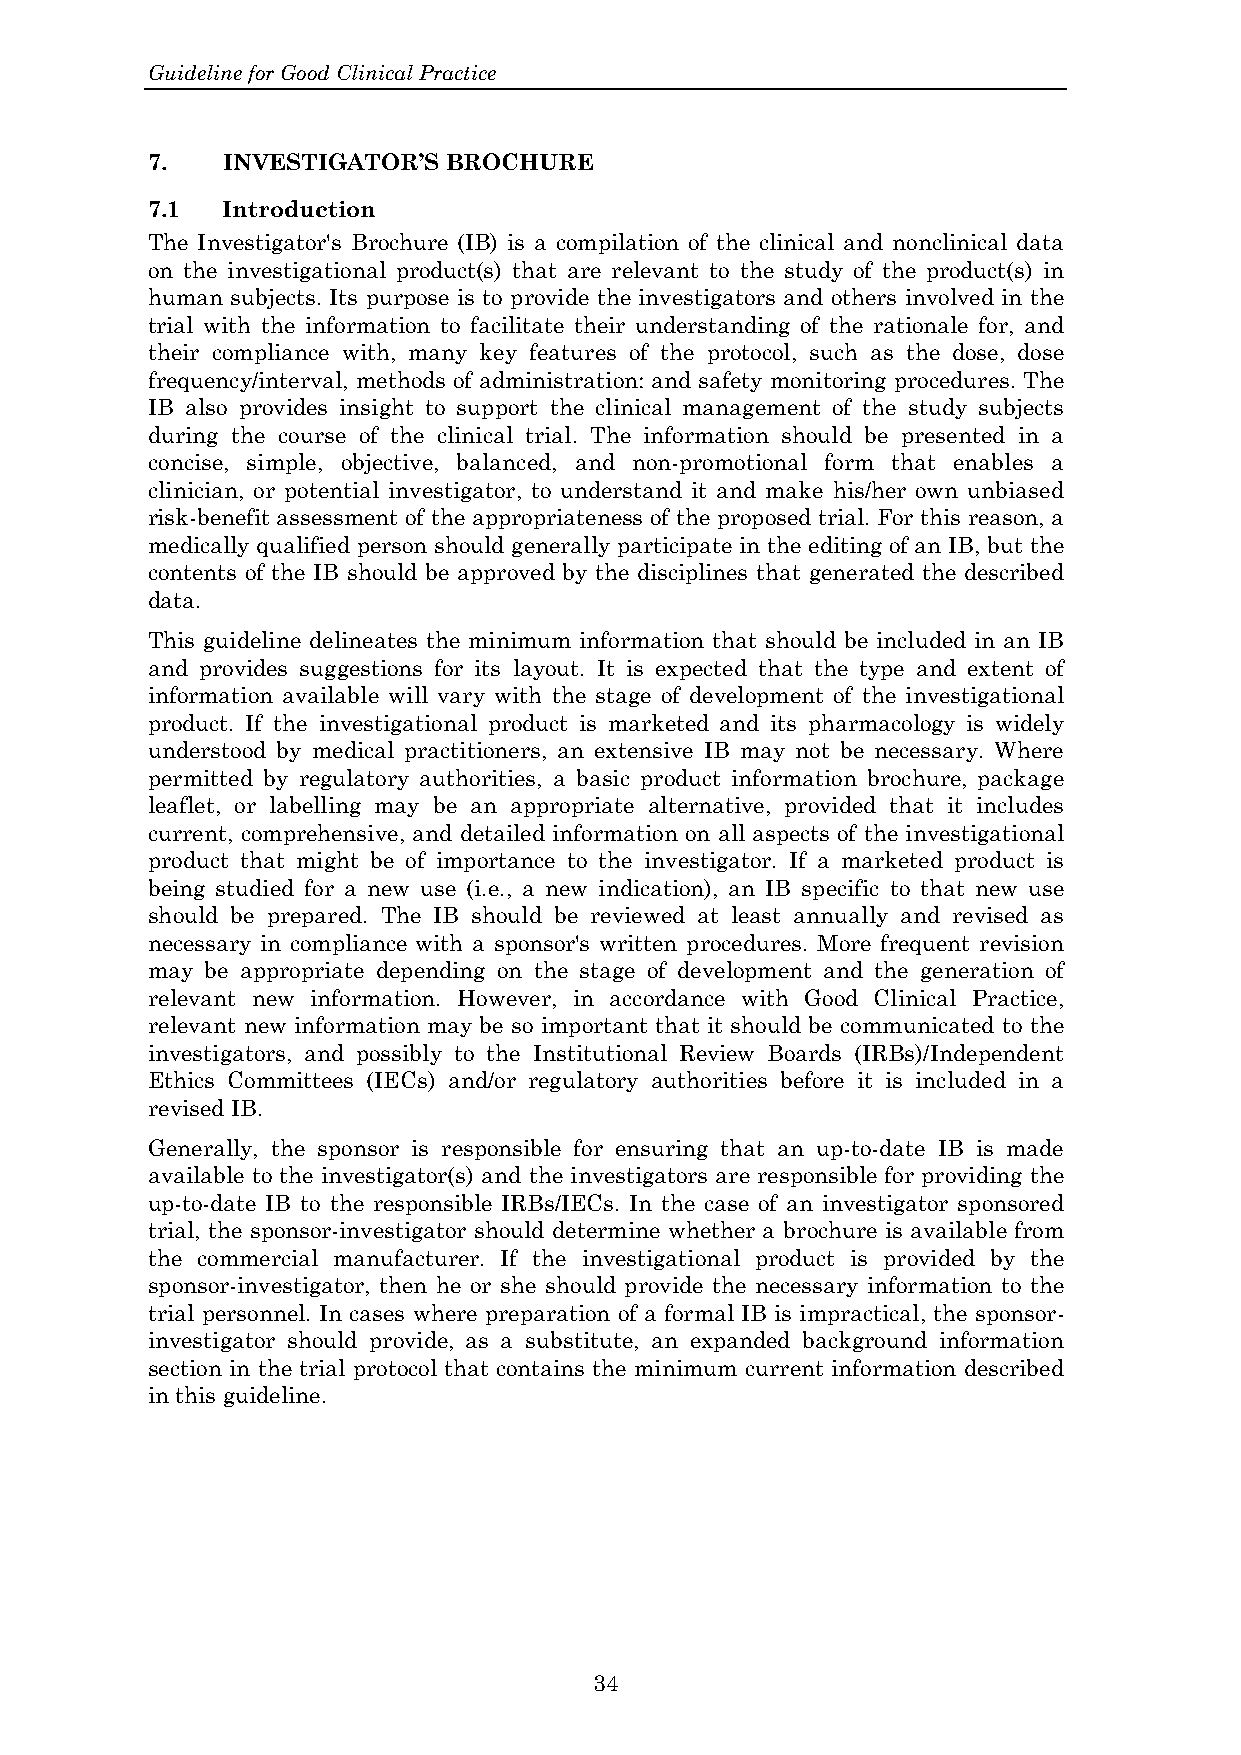
Guideline for Good Clinical Practice
 7.   INVESTIGATOR’S BROCHURE
 7.1  Introduction
 The Investigator's Brochure (IB) is a compilation of the clinical and nonclinical data
 on the investigational product(s) that are relevant to the study of the product(s) in
 human subjects. Its purpose is to provide the investigators and others involved in the
 trial with the information to facilitate their understanding of the rationale for, and
 their compliance with, many key features of the protocol, such as the dose, dose
 frequency/interval, methods of administration: and safety monitoring procedures. The
 IB also provides insight to support the clinical management of the study subjects
 during the course of the clinical trial. The information should be presented in a
 concise, simple, objective, balanced, and non-promotional form that enables a
 clinician, or potential investigator, to understand it and make his/her own unbiased
 risk-benefit assessment of the appropriateness of the proposed trial. For this reason, a
 medically qualified person should generally participate in the editing of an IB, but the
 contents of the IB should be approved by the disciplines that generated the described
 data.
 This guideline delineates the minimum information that should be included in an IB
 and provides suggestions for its layout. It is expected that the type and extent of
 information available will vary with the stage of development of the investigational
 product. If the investigational product is marketed and its pharmacology is widely
 understood by medical practitioners, an extensive IB may not be necessary. Where
 permitted by regulatory authorities, a basic product information brochure, package
 leaflet, or labelling may be an appropriate alternative, provided that it includes
 current, comprehensive, and detailed information on all aspects of the investigational
 product that might be of importance to the investigator. If a marketed product is
 being studied for a new use (i.e., a new indication), an IB specific to that new use
 should be prepared. The IB should be reviewed at least annually and revised as
 necessary in compliance with a sponsor's written procedures. More frequent revision
 may be appropriate depending on the stage of development and the generation of
 relevant new information. However, in accordance with Good Clinical Practice,
 relevant new information may be so important that it should be communicated to the
 investigators, and possibly to the Institutional Review Boards (IRBs)/Independent
 Ethics Committees (IECs) and/or regulatory authorities before it is included in a
 revised IB.
 Generally, the sponsor is responsible for ensuring that an up-to-date IB is made
 available to the investigator(s) and the investigators are responsible for providing the
 up-to-date IB to the responsible IRBs/IECs. In the case of an investigator sponsored
 trial, the sponsor-investigator should determine whether a brochure is available from
 the commercial manufacturer. If the investigational product is provided by the
 sponsor-investigator, then he or she should provide the necessary information to the
 trial personnel. In cases where preparation of a formal IB is impractical, the sponsor-
 investigator should provide, as a substitute, an expanded background information
 section in the trial protocol that contains the minimum current information described
 in this guideline.
 34